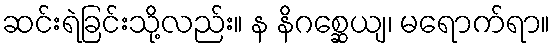
ဆင်းရဲခြင်းသို့လည်း။ န နိဂစ္ဆေယျ၊ မရောက်ရာ။